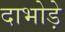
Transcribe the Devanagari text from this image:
दाभोड़े